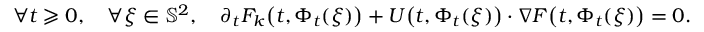
\forall t \geqslant 0 , \quad \forall \xi \in \mathbb { S } ^ { 2 } , \quad \partial _ { t } F _ { k } \big ( t , \Phi _ { t } ( \xi ) \big ) + U \big ( t , \Phi _ { t } ( \xi ) \big ) \cdot \nabla F \big ( t , \Phi _ { t } ( \xi ) \big ) = 0 .